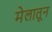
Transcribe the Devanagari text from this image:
मेलातून